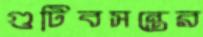
গুটিবসন্তের